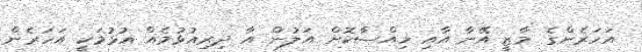
އަހަރެންގެ މާޒީ އޭނާ އާއި ހިއްސާކޮށް އަލުން އާ ދިރިއުޅުމެއް އުޅުމަކީ އަހަރެން